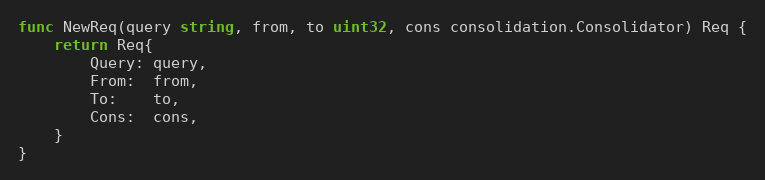
Language: Go
func NewReq(query string, from, to uint32, cons consolidation.Consolidator) Req {
	return Req{
		Query: query,
		From:  from,
		To:    to,
		Cons:  cons,
	}
}